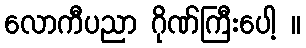
လောကီပညာ ဂိုဏ်ကြီးပေါ့ ။